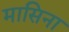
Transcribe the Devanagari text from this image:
मासिना